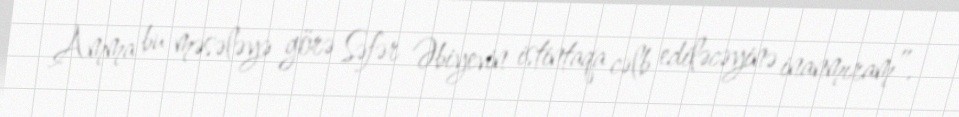
Amma bu məsələyə görə Səfər Əbiyevin istintaqa cəlb ediləcəyinə inanmıram”.